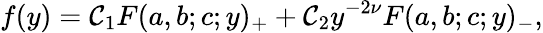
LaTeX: f(y)=\mathcal{C}_{1}F(a,b;c;y)_{+}+\mathcal{C}_{2}y^{-2\nu}F(a,b;c;y)_{-},